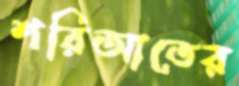
শরিআতের